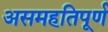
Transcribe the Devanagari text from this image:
असमहतिपूर्ण